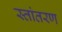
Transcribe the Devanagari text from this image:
स्तांतरण